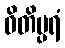
ဓိတိပ္ပရံ